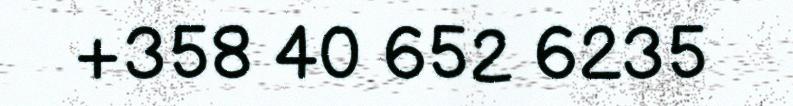
+358 40 652 6235